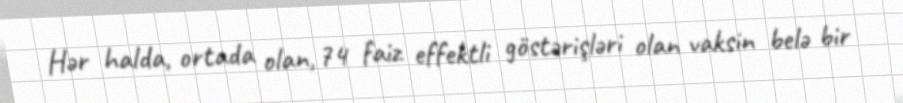
Hər halda, ortada olan, 74 faiz effektli göstərişləri olan vaksin belə bir